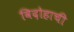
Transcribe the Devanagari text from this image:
विदोहाची